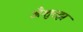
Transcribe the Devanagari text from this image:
अँशुत्झ